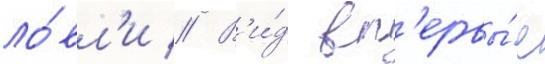
ло́вл'и // В'и́д вп'ервы́е